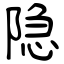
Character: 隐